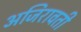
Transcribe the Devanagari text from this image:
अजिरावती